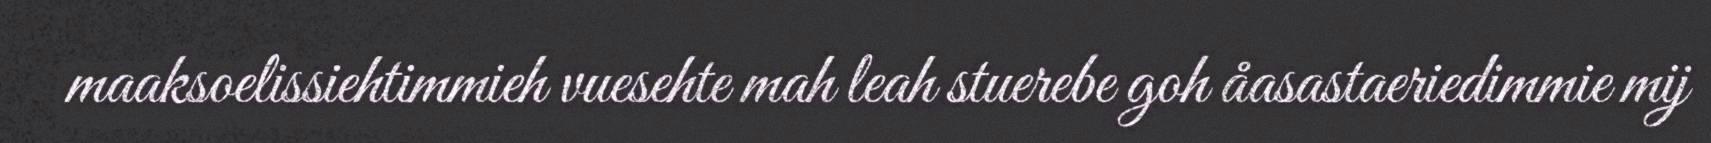
maaksoelissiehtimmieh vuesehte mah leah stuerebe goh åasastaeriedimmie mij